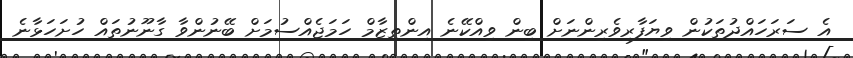
އެ ސަރަހައްދުތަކުން ވިޔަފާރިވެރިންނަށް ބިން ވިއްކޭނެ އިންތިޒާމް ހަމަޖެއްސުމަށް ބޭނުންވާ ގާނޫނުތައް ހުށަހަޅާނެ